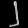
Digit: ၂